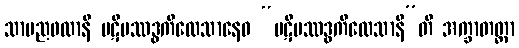
သာမညဖလာနိ ပဋိပဿဒ္ဓကိလေသာနေဝ “ပဋိပဿဒ္ဓကိလေသာနီ”တိ အက္ခာတတ္တာ